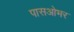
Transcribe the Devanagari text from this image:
पासओभर